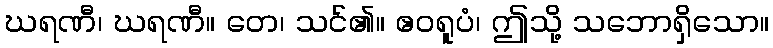
ဃရဏီ၊ ဃရဏီ။ တေ၊ သင်၏။ ဧဝရူပံ၊ ဤသို့ သဘောရှိသော။